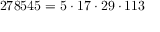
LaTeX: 2 7 8 5 4 5 = 5 \cdot 1 7 \cdot 2 9 \cdot 1 1 3